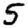
Digit: 5